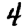
Digit: 4